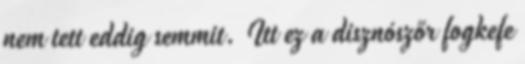
nem tett eddig semmit. Itt ez a disznószőr fogkefe